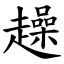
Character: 趮